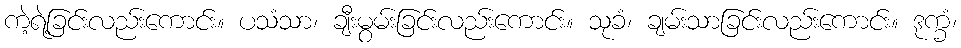
ကဲ့ရဲ့ခြင်းလည်းကောင်း။ ပသံသာ၊ ချီးမွမ်းခြင်းလည်းကောင်း။ သုခံ၊ ချမ်းသာခြင်းလည်းကောင်း။ ဒုက္ခံ၊